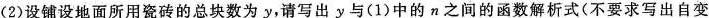
(2)设铺设地面所用瓷砖的总块数为y，请写出y与(1)中的n之间的函数解析式(不要求写出自变